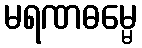
မရဏဓမ္မေ